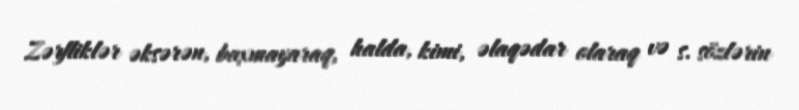
Zərfliklər əksərən, baxmayaraq, halda, kimi, əlaqədar olaraq və s. sözlərin